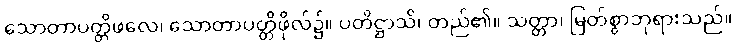
သောတာပတ္တိဖလေ၊ သောတာပတ္တိဖိုလ်၌။ ပတိဋ္ဌာသိ၊ တည်၏။ သတ္တာ၊ မြတ်စွာဘုရားသည်။